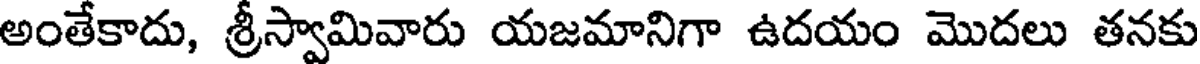
అంతేకాదు, శ్రీస్వామివారు యజమానిగా ఉదయం మొదలు తనకు